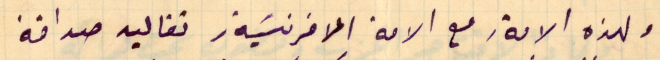
ولهذه الامة، مع الامة الافرنسَية، تقاليد صداقة